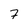
Character: 2